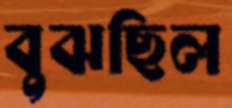
বুঝছিল